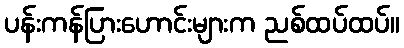
ပန်းကန်ပြားဟောင်းများက ညစ်ထပ်ထပ်။